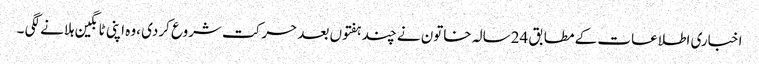
اخباری اطلاعات کے مطابق 24سالہ خاتون نے چند ہفتوں بعد حرکت شروع کردی ،وہ اپنی ٹانگین ہلانے لگی ۔